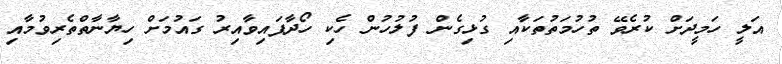
އަލީ ހަމީދަށް ކުރެވޭ ތުހުމަތުތަކާއި ގުޅިގެން ފުލުހުން ހެކި ހޯދާފައިވާއިރު ގައުމަށް ހިޔާނާތްތެރިވުމާއި